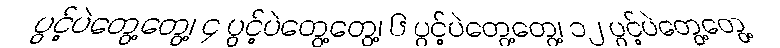
ပွင့်ပဲတွေ့တွေ့၊ ၄ ပွင့်ပဲတွေ့တွေ့၊ ၆ ပွင့်ပဲတွေ့တွေ့၊ ၁၂ ပွင့်ပဲတွေ့တွေ့